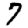
Digit: 7